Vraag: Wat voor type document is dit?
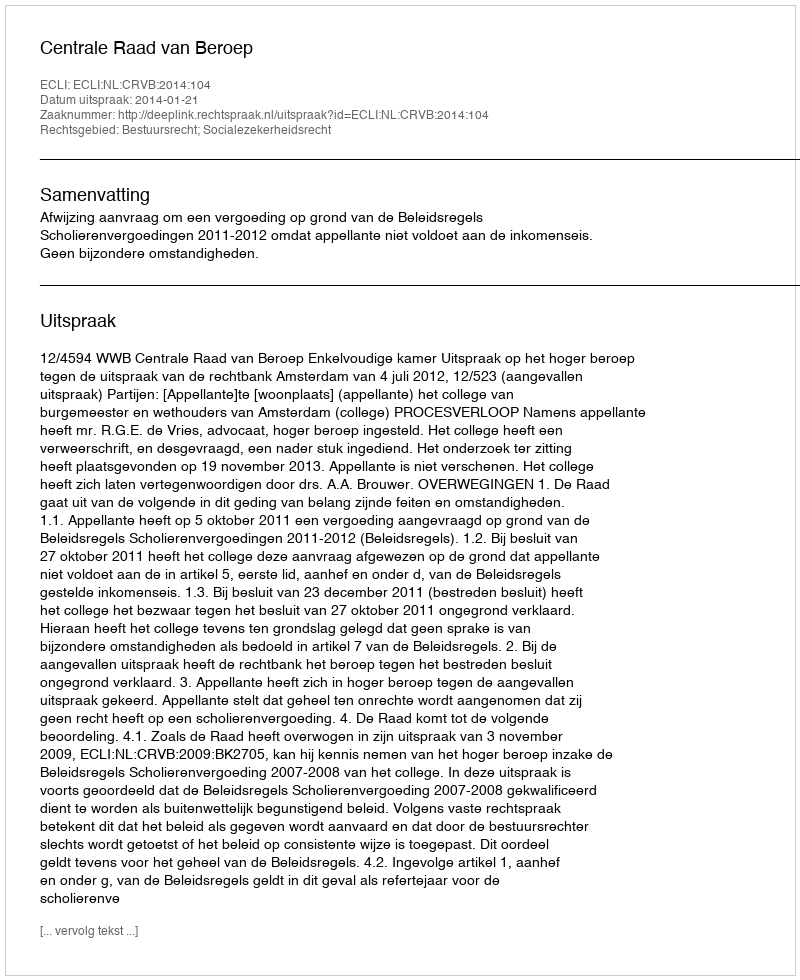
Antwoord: Uitspraak